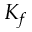
K _ { f }